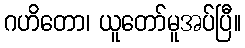
ဂဟိတော၊ ယူတော်မူအပ်ပြီ။